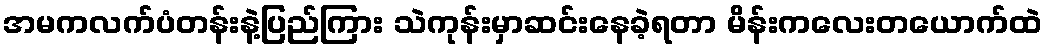
အမကလက်ပံတန်းနဲ့ပြည်ကြား သဲကုန်းမှာဆင်းနေခဲ့ရတာ မိန်းကလေးတယောက်ထဲ